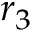
r _ { 3 }